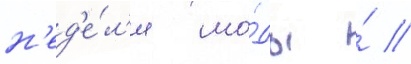
н'ед'е́л'я мо́ды ́ //